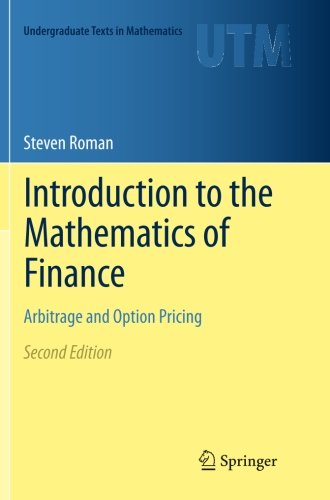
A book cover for Introduction to the Mathematics of Finance: Arbitrage and Option Pricing (Undergraduate Texts in Mathematics); Steven Roman; Science & Math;